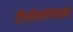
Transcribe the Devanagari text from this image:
रीनोलोफिडी